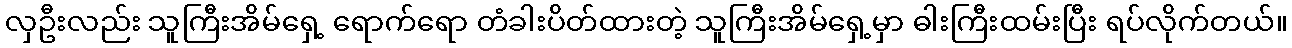
လှဦးလည်း သူကြီးအိမ်ရှေ့ ရောက်ရော တံခါးပိတ်ထားတဲ့ သူကြီးအိမ်ရှေ့မှာ ဓါးကြီးထမ်းပြီး ရပ်လိုက်တယ်။